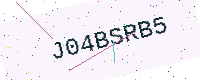
Text: J04BSRB5